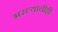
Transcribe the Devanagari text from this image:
भरल्याचीही